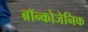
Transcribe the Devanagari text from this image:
ब्रॉन्कोजेनिक